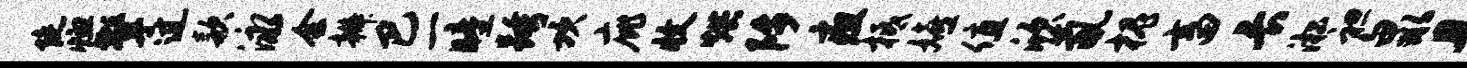
陡恤擎过款泳会辫巴一瞳跨坎庇收烘陟疽柢嬉值欣氤槐畜长淞袒泉且